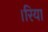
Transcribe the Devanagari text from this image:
।रिया